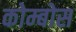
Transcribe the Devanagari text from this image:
कोम्बोस